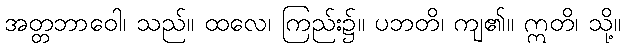
အတ္တဘာဝေါ၊ သည်။ ထလေ၊ ကြည်း၌။ ပဘတိ၊ ကျ၏။ ဣတိ၊ သို့။